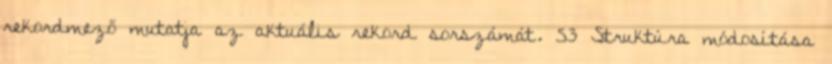
rekordmező mutatja az aktuális rekord sorszámát. 53 Struktúra módosítása